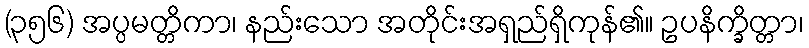
(၃၅၆) အပ္ပမတ္တိကာ၊ နည်းသော အတိုင်းအရှည်ရှိကုန်၏။ ဥပနိက္ခိတ္တာ၊